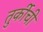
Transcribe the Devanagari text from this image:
तुर्कीची